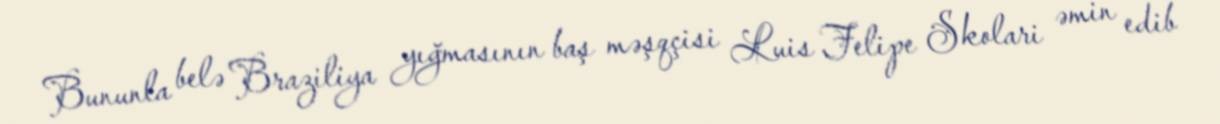
Bununla belə Braziliya yığmasının baş məşqçisi Luis Felipe Skolari əmin edib